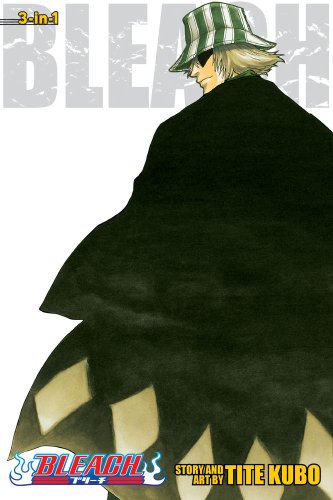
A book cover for Bleach (3-in-1 Edition), Vol. 2: Includes vols. 4, 5 & 6; Tite Kubo; Teen & Young Adult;